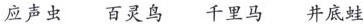
应声虫 百灵鸟 千里马 井底蛙